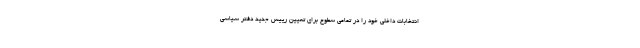
انتخابات داخلی خود را در تمامی سطوح برای تعیین رییس جدید دفتر سیاسی